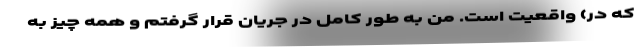
که در) واقعیت است. من به طور کامل در جریان قرار گرفتم و همه چیز به